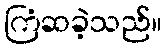
ကြံဆခဲ့သည်။